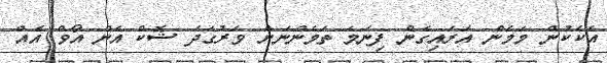
އެކެކުން މަމެން އަރައިގެން ފިނަމަ ތަމެންނަށް ވަރުގަދަ ޝޮކް އެން އޯވް އެއް